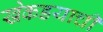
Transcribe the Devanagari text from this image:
खेकडयाची